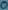
Text: 0